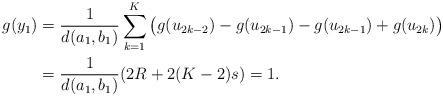
LaTeX: \begin{align*} g(y_1)&=\frac{1}{d(a_1,b_1)}\sum_{k=1}^{K} \big(g(u_{2k-2})-g(u_{2k-1})-g(u_{2k-1})+g(u_{2k})\big)\\ &=\frac{1}{d(a_1,b_1)}(2R+2(K-2)s)=1.\end{align*}